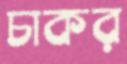
চাকর